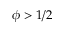
\phi > 1 / 2